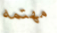
مهتمه